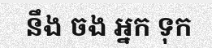
នឹង ចង អ្នក ទុក